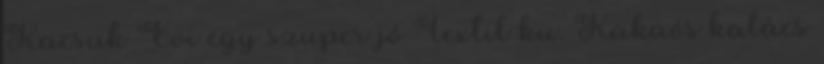
Kacsuk Évi egy szuper jó Textil ku. Kakaós kalács